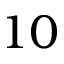
1 0